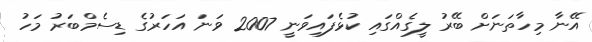
އޭނާ މިހާތަނަށް ބޭރު ލީގެއްގައި ކުޅެފައިވަނީ 2007 ވަނަ އަހަރުގެ ޑިސެމްބަރު މަހު